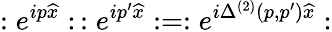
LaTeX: :e^{ip\widehat{x}}:\, :e^{ip^{\prime}\widehat{x}}:=:e^{i\Delta^{(2)}(p,p^{\prime})\widehat{x}}: